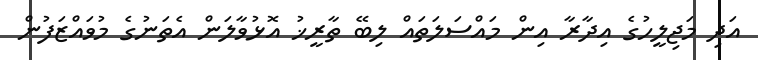
އަދި މަޖިލީހުގެ އިދާރާ އިން މައްސަލަތައް ލިބޭ ތާރީޚު އޮޅުވާލަން އެތަނުގެ މުވައްޒަފުން